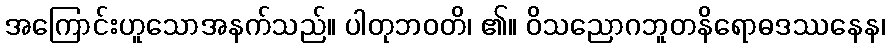
အကြောင်းဟူသောအနက်သည်။ ပါတုဘဝတိ၊ ၏။ ဝိသညောဂဘူတနိရောဓဒဿနေန၊